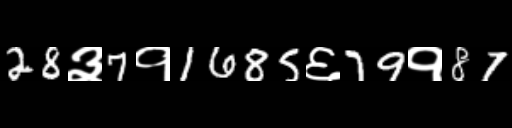
Text: 28३7१1685६79१87